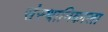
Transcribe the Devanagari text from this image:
संस्थानिकाला